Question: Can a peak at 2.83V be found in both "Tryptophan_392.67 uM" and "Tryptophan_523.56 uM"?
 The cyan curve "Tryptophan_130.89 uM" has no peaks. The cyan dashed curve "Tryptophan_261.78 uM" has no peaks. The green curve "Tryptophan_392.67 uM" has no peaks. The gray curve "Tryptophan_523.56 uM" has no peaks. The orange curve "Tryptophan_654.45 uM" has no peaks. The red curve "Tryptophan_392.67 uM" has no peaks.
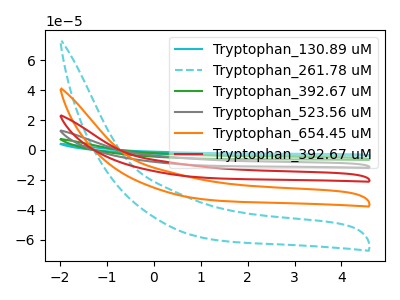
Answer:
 <answer>No, "Tryptophan_392.67 uM" and "Tryptophan_523.56 uM" dont share a peak at 2.83V.</answer>
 <eval>mismatch</eval>